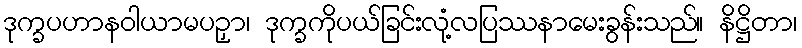
ဒုက္ခပဟာနဝါယာမပဉှာ၊ ဒုက္ခကိုပယ်ခြင်းလုံ့လပြဿနာမေးခွန်းသည်။ နိဋ္ဌိတာ၊